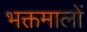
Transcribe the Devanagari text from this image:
भक्तमालों